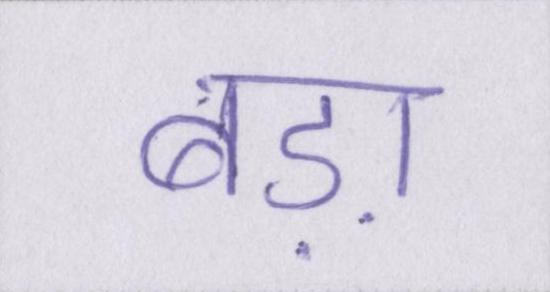
बड़ा